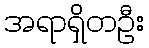
အရာရှိတဦး